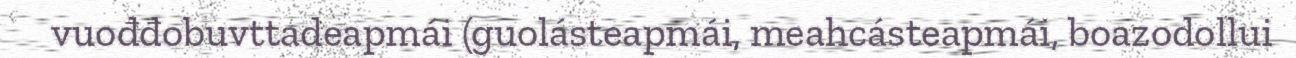
vuođđobuvttadeapmái (guolásteapmái, meahcásteapmái, boazodollui